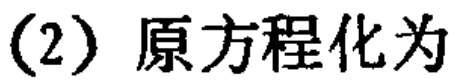
(2) 原方程化为